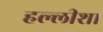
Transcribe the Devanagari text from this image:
हल्लीशा